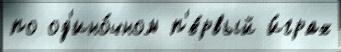
по од'ино́чном п'е́рвый и́грах